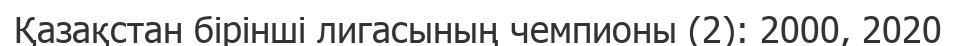
Қазақстан бірінші лигасының чемпионы (2): 2000, 2020